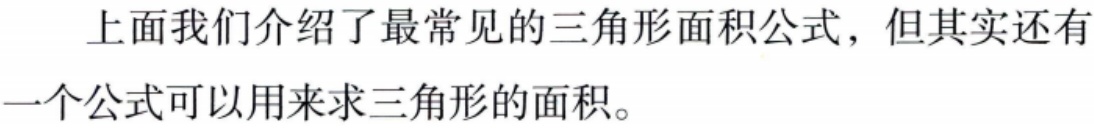
上面我们介绍了最常见的三角形面积公式，但其实还有一个公式可以用来求三角形的面积。